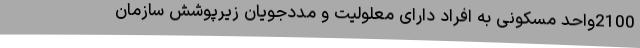
2100واحد مسکونی به افراد دارای معلولیت و مددجویان زیرپوشش سازمان